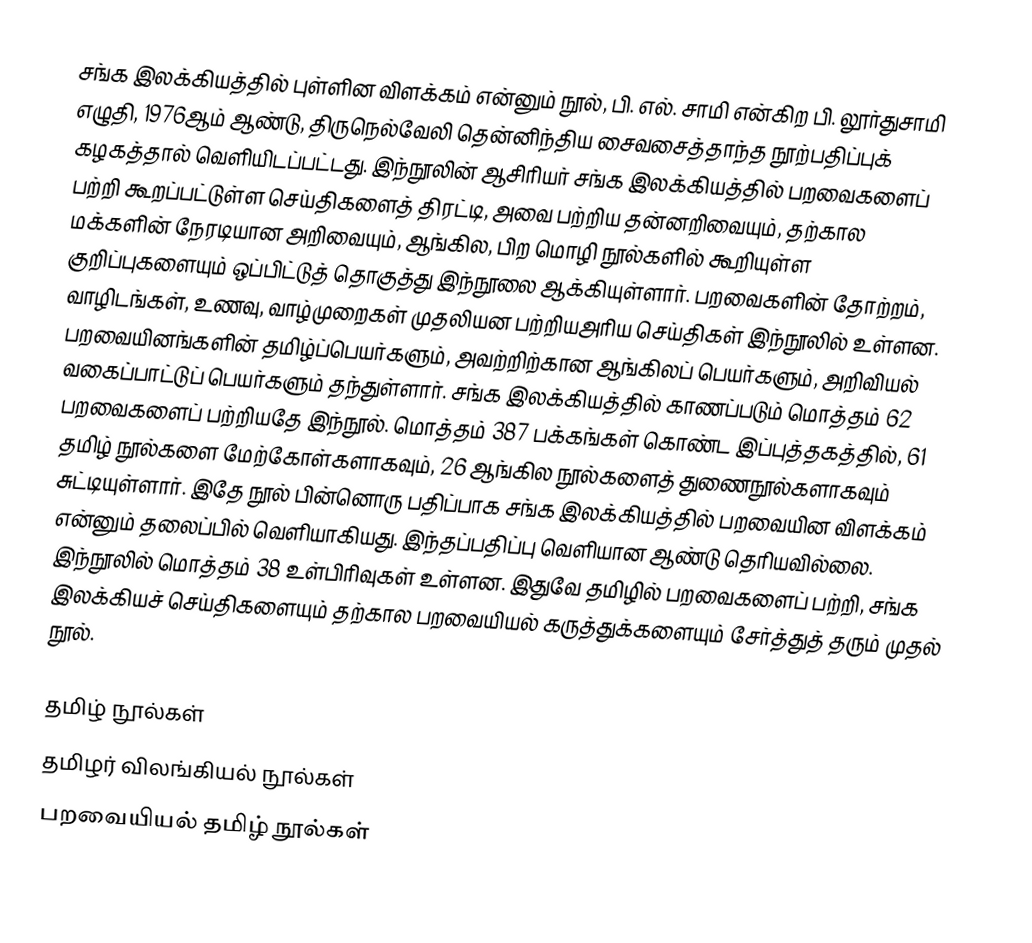
சங்க இலக்கியத்தில் புள்ளின விளக்கம் என்னும் நூல், பி. எல். சாமி என்கிற பி. லூர்துசாமி எழுதி,  1976ஆம் ஆண்டு, திருநெல்வேலி தென்னிந்திய சைவசைத்தாந்த நூற்பதிப்புக் கழகத்தால் வெளியிடப்பட்டது.  இந்நூலின் ஆசிரியர் சங்க இலக்கியத்தில் பறவைகளைப் பற்றி கூறப்பட்டுள்ள செய்திகளைத் திரட்டி, அவை பற்றிய தன்னறிவையும், தற்கால மக்களின் நேரடியான அறிவையும், ஆங்கில, பிற மொழி நூல்களில் கூறியுள்ள குறிப்புகளையும் ஒப்பிட்டுத் தொகுத்து இந்நூலை ஆக்கியுள்ளார். பறவைகளின் தோற்றம், வாழிடங்கள், உணவு, வாழ்முறைகள் முதலியன பற்றியஅரிய செய்திகள் இந்நூலில் உள்ளன. பறவையினங்களின் தமிழ்ப்பெயர்களும், அவற்றிற்கான ஆங்கிலப் பெயர்களும், அறிவியல் வகைப்பாட்டுப் பெயர்களும்  தந்துள்ளார். சங்க இலக்கியத்தில் காணப்படும் மொத்தம் 62 பறவைகளைப் பற்றியதே இந்நூல். மொத்தம் 387 பக்கங்கள் கொண்ட இப்புத்தகத்தில், 61 தமிழ் நூல்களை மேற்கோள்களாகவும், 26 ஆங்கில நூல்களைத் துணைநூல்களாகவும் சுட்டியுள்ளார். இதே நூல் பின்னொரு பதிப்பாக சங்க இலக்கியத்தில் பறவையின விளக்கம் என்னும் தலைப்பில் வெளியாகியது. இந்தப்பதிப்பு வெளியான ஆண்டு தெரியவில்லை. இந்நூலில் மொத்தம் 38 உள்பிரிவுகள் உள்ளன. இதுவே தமிழில் பறவைகளைப் பற்றி, சங்க இலக்கியச் செய்திகளையும் தற்கால பறவையியல் கருத்துக்களையும் சேர்த்துத் தரும் முதல் நூல்.

தமிழ் நூல்கள்
தமிழர் விலங்கியல் நூல்கள்
பறவையியல் தமிழ் நூல்கள்